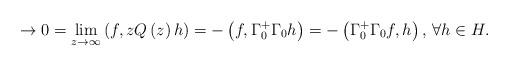
LaTeX: \begin{align*}\to 0=\lim_{z\to \infty}{\left( f,zQ\left( z \right)h \right)=-\left( f,\Gamma_{0}^{+}\Gamma _{0}h \right)=-\left( \Gamma_{0}^{+}\Gamma_{0}f,h \right),\thinspace \forall h\in H.}\end{align*}